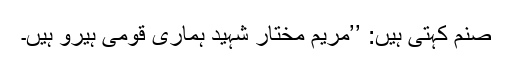
صنم کہتی ہیں: ’’مریم مختار شہید ہماری قومی ہیرو ہیں۔